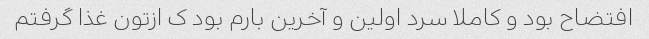
افتضاح بود و کاملا سرد اولین و آخرین بارم بود ک ازتون غذا گرفتم